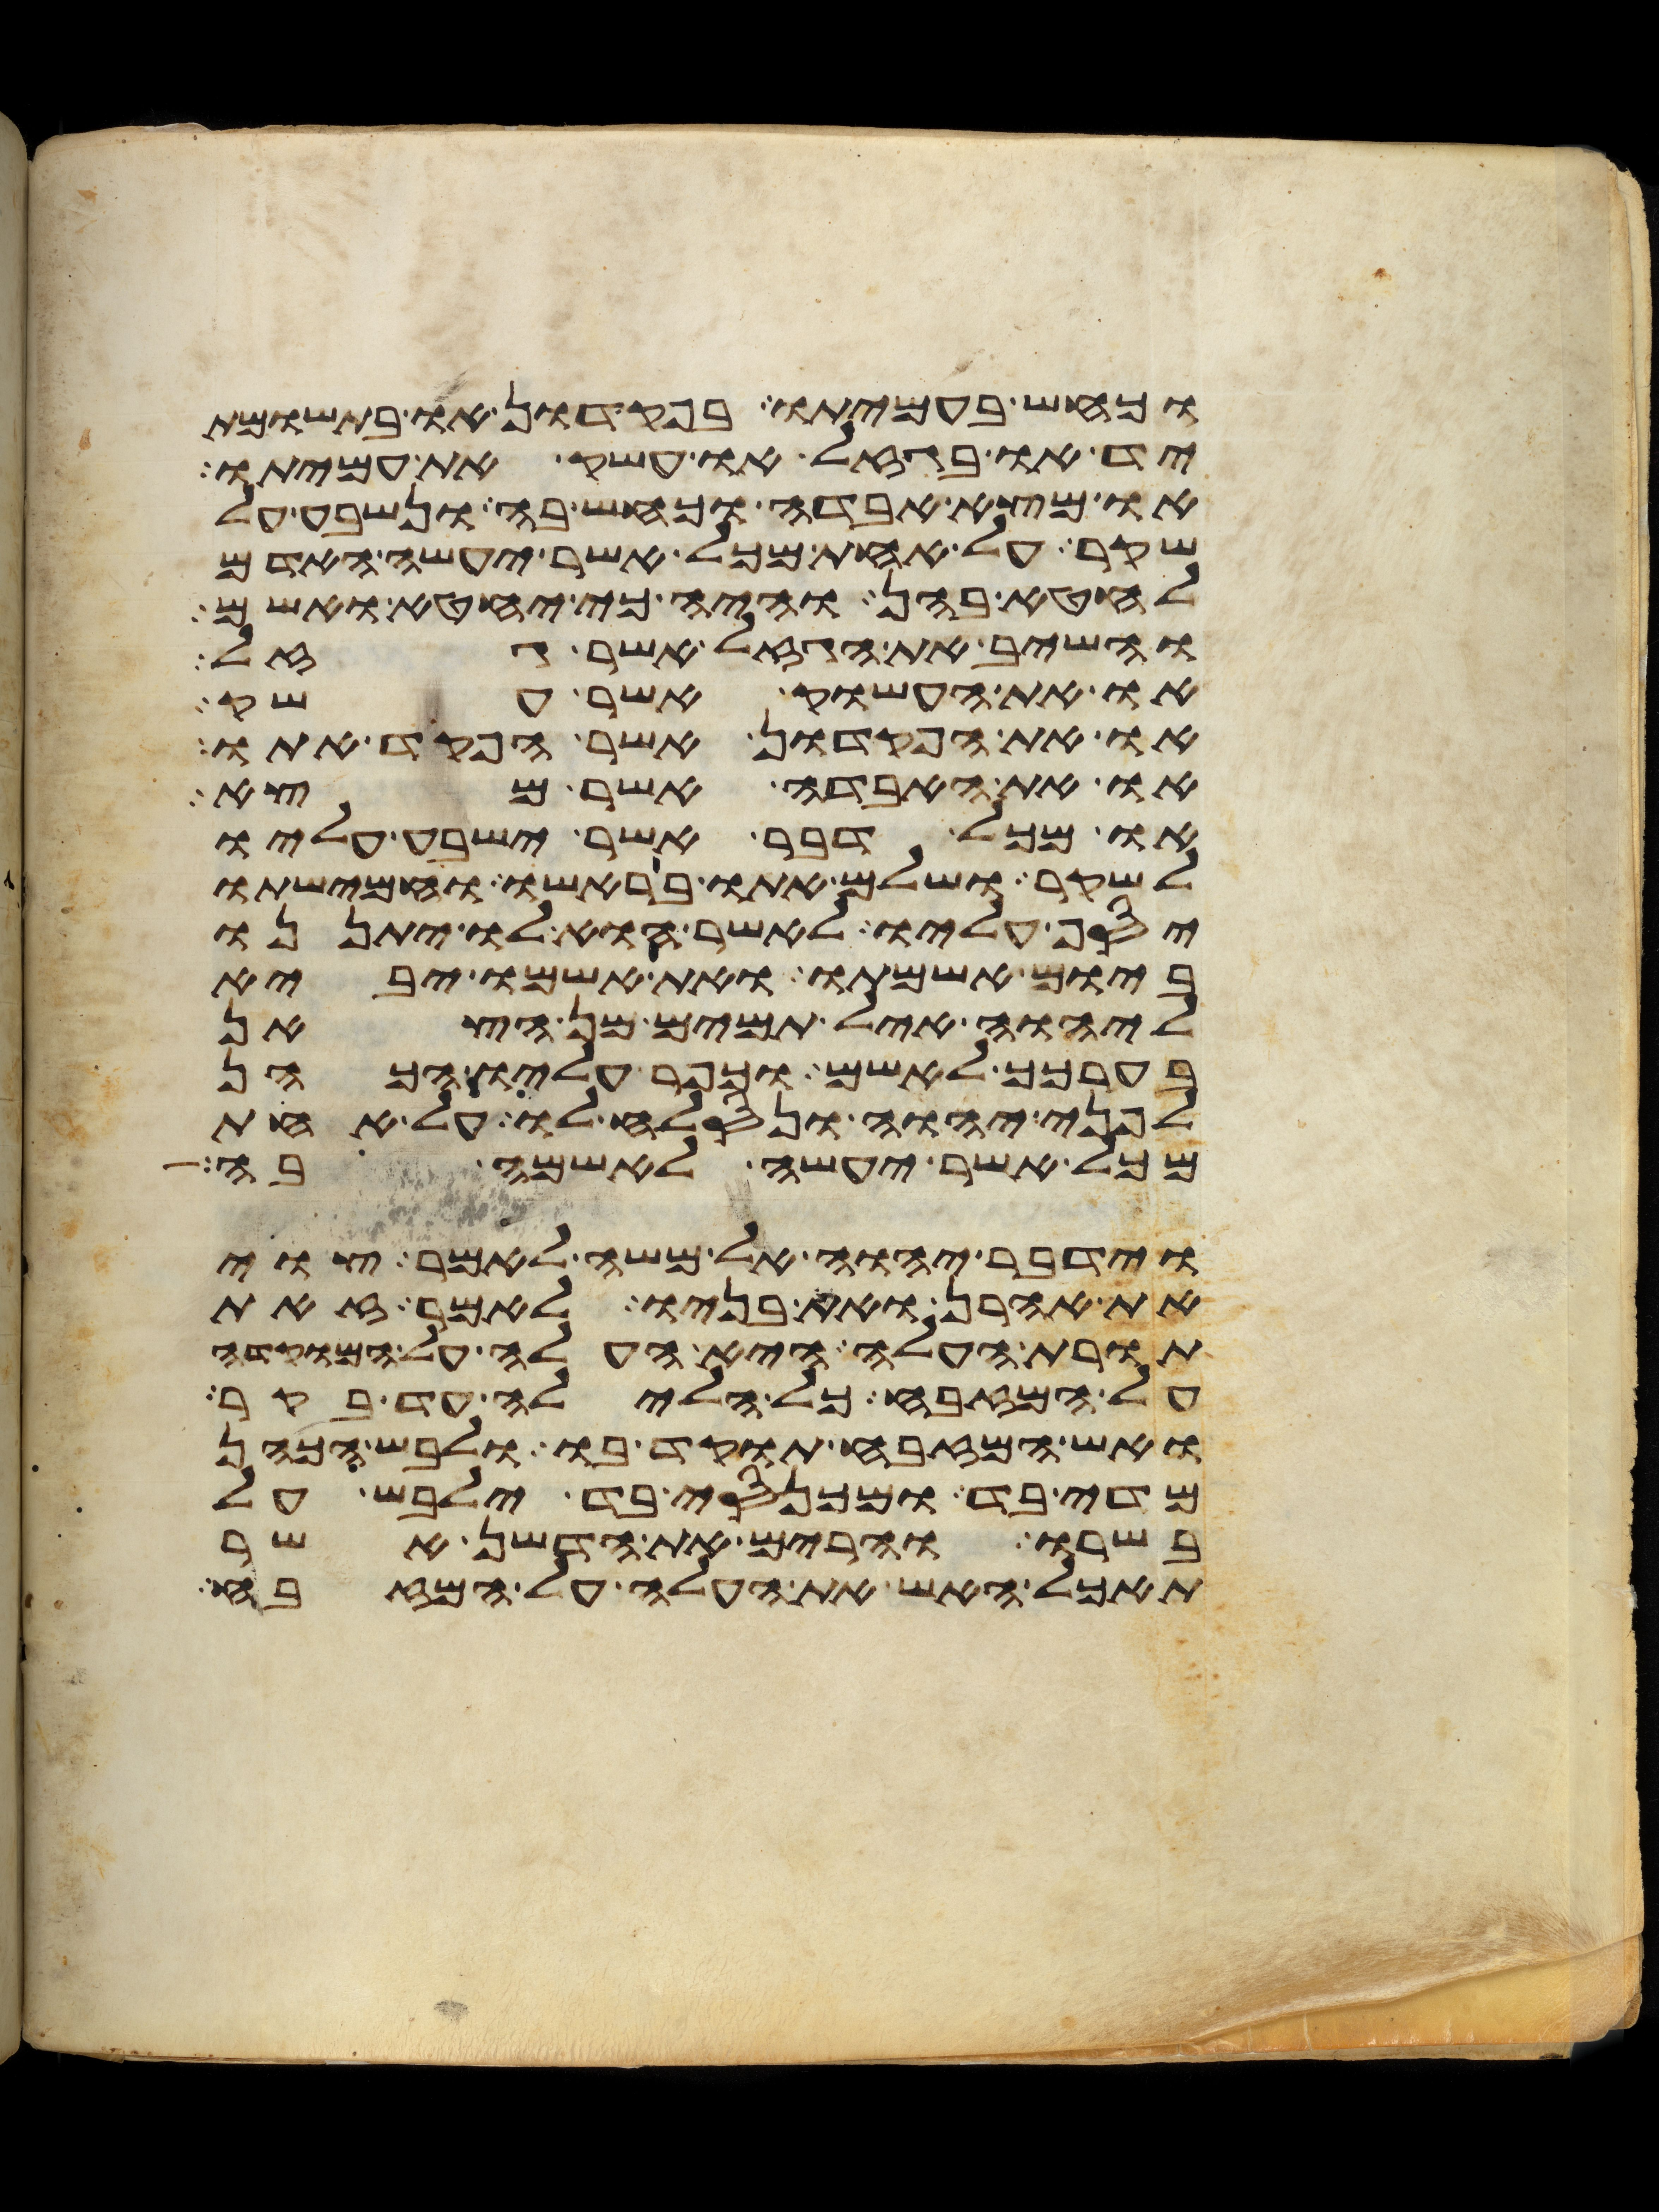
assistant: וכחש בעמיתו בפקדון או בתשומת
יד או בגזל או עשק את עמיתו
או מצא אבדה וכחש בה ונשבע על
שקר על אחת מכל אשר יעשה האדם
לחטא בהן והיה כי יחטא ואשם
והשיב את הגזל אשר גזל
או את העשוק אשר עשק
או את הפקדון אשר הפקד אתו
או את האבדה אשר מצא
או מכל דבר אשר ישבע עליו
לשקר ושלם אתו בראשו וחמישתו
יסף עליו לאשר הוא לו יתננו
ביום אשמתו ואת אשמו יביא
ליהוה איל תמים מן הצאן
בערכך לאשם וכפר עליו הכהן
לפני יהוה ונסלח לו על אחת
מכל אשר יעשה לאשמה בה
וידבר יהוה אל משה לאמר צוי
את אהרן ואת בניו לאמר זאת
תורת העלה היא העלה על המוקדה
על המזבח כל הלילה עד בקר
ואש המזבח תוקד בו ולבש הכהן
מדי בד ומכנסי בד ילבש על
בשרו והרים את הדשן אשר
תאכל האש את העלה על המזבח